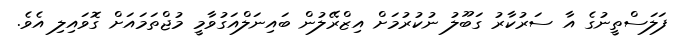
ފަލަސްތީނުގެ އާ ސަރުކާރު ގަބޫލު ނުކުރުމަށް އިޒްރޭލުން ބައިނަލްއަގުވާމީ މުޖްތަމައަށް ގޮވައިލި އެވެ.